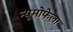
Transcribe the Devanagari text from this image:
न्यूमोफेला